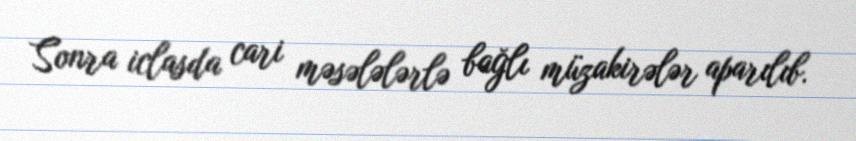
Sonra iclasda cari məsələlərlə bağlı müzakirələr aparılıb.